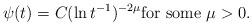
LaTeX: \begin{align*}\psi(t) = C(\ln t^{-1})^{-2\mu}\mbox{for some }\mu>0.\end{align*}